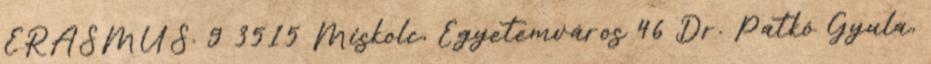
ERASMUS. 9 3515 Miskolc, Egyetemváros 46 Dr. Patkó Gyula,